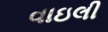
વાઇલી